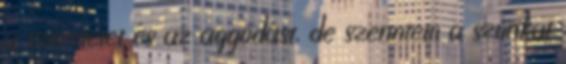
a szeretetet és az aggódást, de szerintem a szurikat